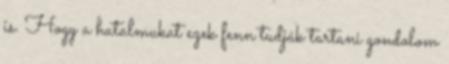
is. Hogy a hatalmukat ezek fenn tudják tartani gondolom